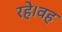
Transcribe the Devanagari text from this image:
रहे।वह